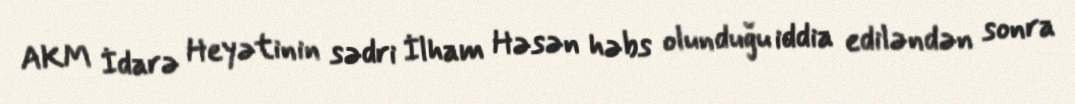
AKM İdarə Heyətinin sədri İlham Həsən həbs olunduğu iddia ediləndən sonra